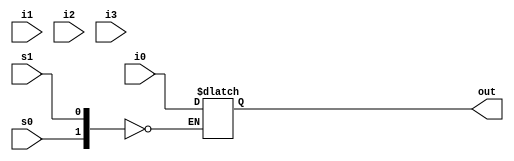
//Structural model:
//Shift register


//mux
module mux(out,s0,s1,i0,i1,i2,i3);
    input s1,s0,i0,i1,i2,i3;
    output reg out;
  
  always @ (*)
    begin 
      case({s0,s1})
        2'b00: out=i0;
        2'b00: out=i0;
        2'b00: out=i0;
        2'b00: out=i0;
      endcase
    end
endmodule

//Dflipflop
module dff(q,din,clk,clear);
  input din,clk,clear;
  output reg q;
  always @ (posedge clk)
      begin 
        if(clear ==1)
          q<=1'b0;
        else
          q<=din;
      end
endmodule

module USR(out,in,s,clk,reset,sir,sil);
  input [3:0] in;
  input [1:0] s;
  input clk;
  input reset,sil,sir;
  output [3:0] out;
  wire [3:0]w;
  
  
  mux m0(w[0],s[1],s[0],in[0],sil,out[1],out[0]);
  mux m1(w[1],s[1],s[0],in[1],out[0],out[2],out[1]);
  mux m2(w[2],s[1],s[0],in[2],out[1],out[3],out[2]);
  mux m3(w[3],s[1],s[0],in[3],out[2],sir,out[3]);
  
  dff d0(out[0],w[0],clk,reset);
  dff d1(out[1],w[1],clk,reset);
  dff d2(out[2],w[3],clk,reset);
  dff d3(out[3],w[3],clk,reset);
endmodule